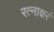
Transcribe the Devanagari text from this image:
रत्‍नाक्षरं